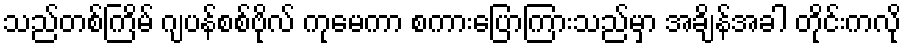
သည်တစ်ကြိမ် ဂျပန်စစ်ဗိုလ် ကုမေကာ စကားပြောကြားသည်မှာ အချိန်အခါ တိုင်းကလို